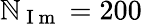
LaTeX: \mathbb{N}_{\mathrm{{~I~m~}}}=200